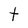
Character: t